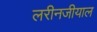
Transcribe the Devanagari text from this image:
लरीनजीयाल